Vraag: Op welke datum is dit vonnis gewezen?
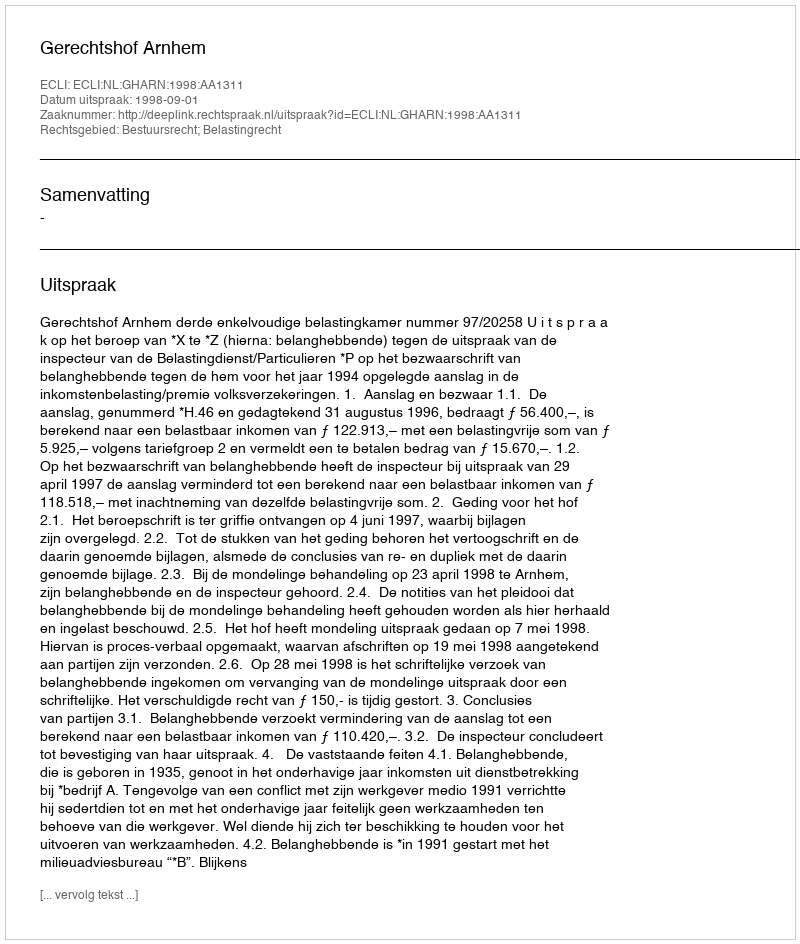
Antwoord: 1998-09-01